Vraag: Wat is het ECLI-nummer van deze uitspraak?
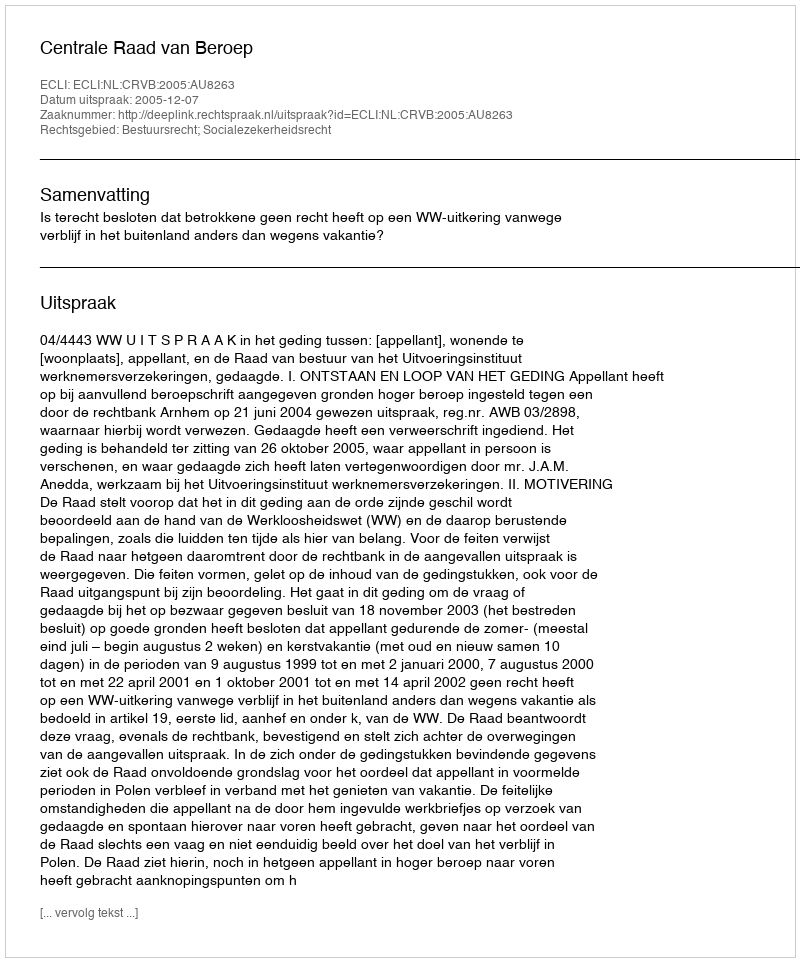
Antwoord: ECLI:NL:CRVB:2005:AU8263